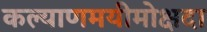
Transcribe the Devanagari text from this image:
कल्याणमयीमोक्षदा